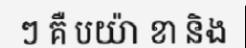
ៗ គឺ បយ៉ា ខា និង